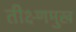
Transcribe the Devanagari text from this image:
तीक्ष्णमुख